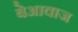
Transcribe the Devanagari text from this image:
बेआवाज